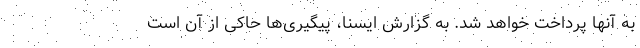
به آنها پرداخت خواهد شد. به گزارش ایسنا، پیگیری‌ها حاکی از آن است